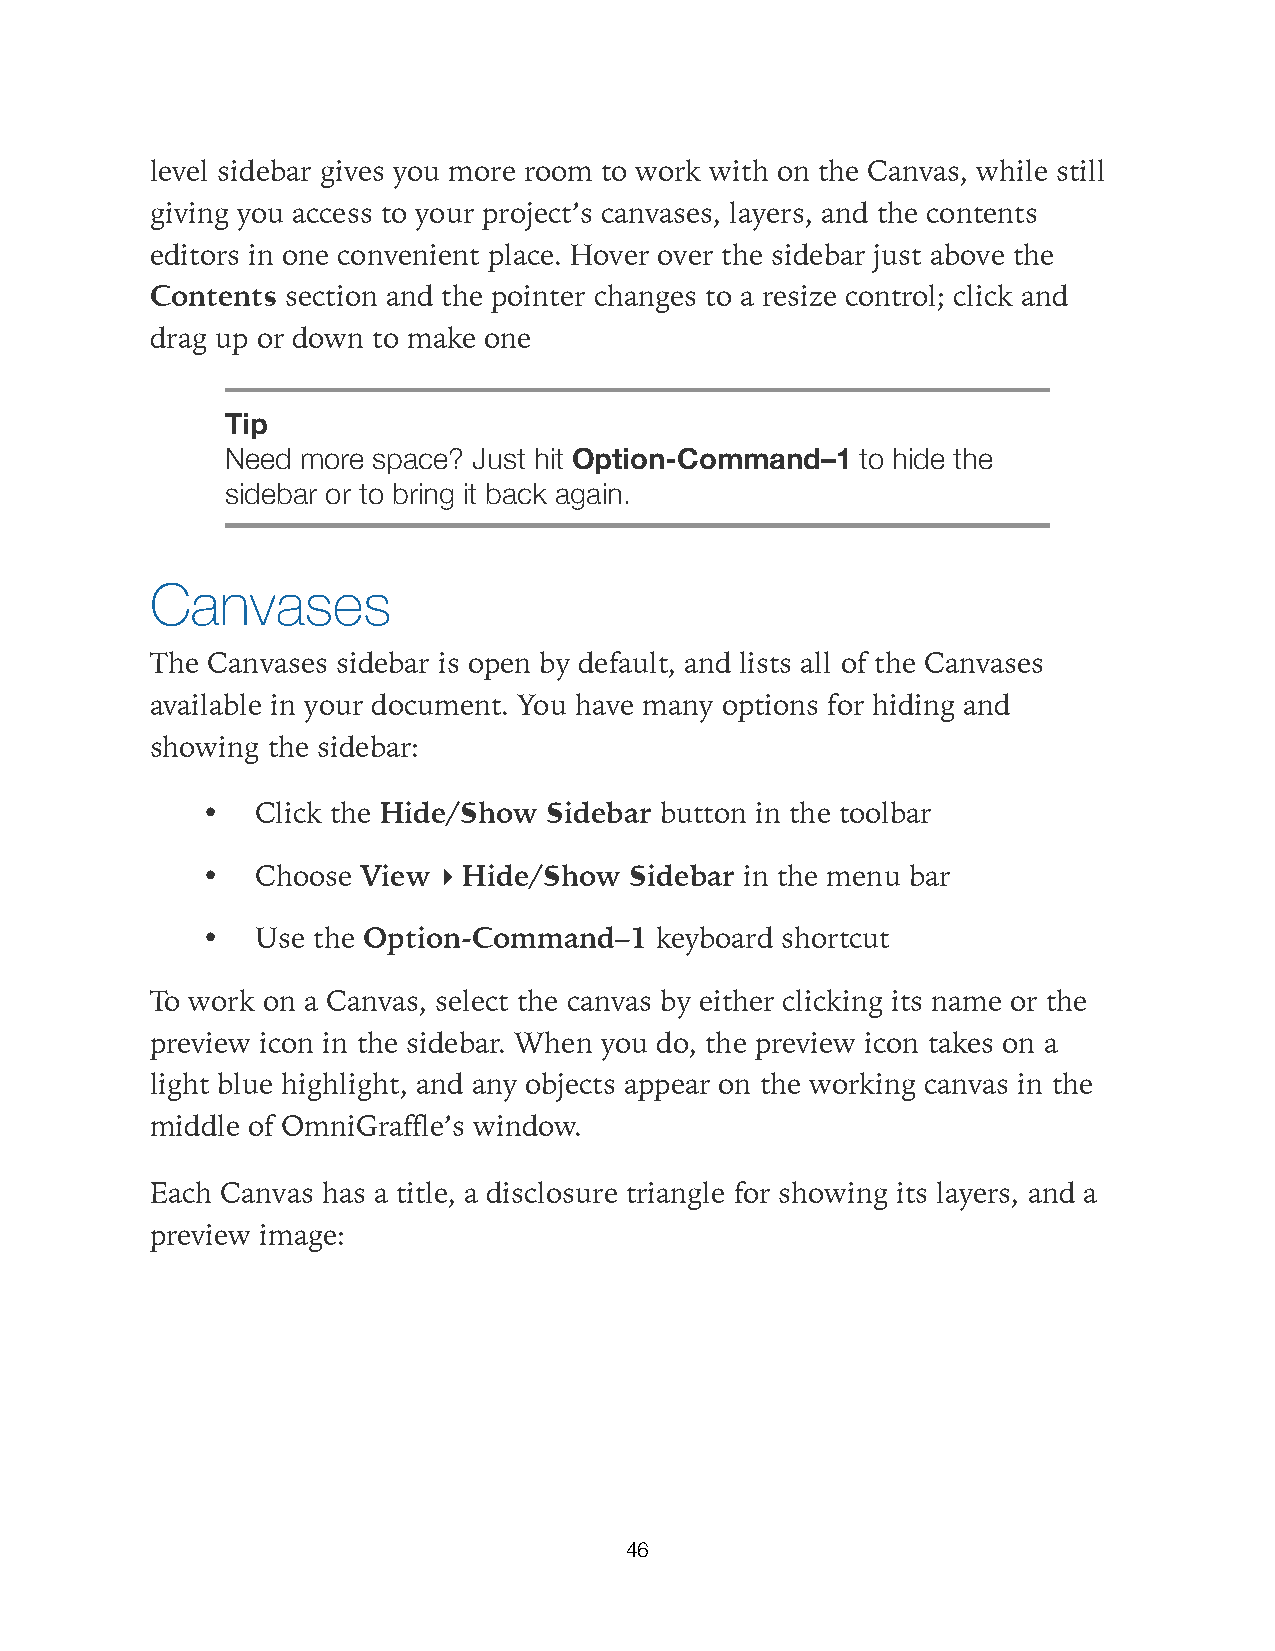
level sidebar gives you more room to work with on the Canvas, while still
 giving you access to your project’s canvases, layers, and the contents
 editors in one convenient place. Hover over the sidebar just above the
 Contents section and the pointer changes to a resize control; click and
 drag up or down to make one
 Tip
 Need more space? Just hit Option-Command–1 to hide the
 sidebar or to bring it back again.
 Canvases
 The Canvases sidebar is open by default, and lists all of the Canvases
 available in your document. You have many options for hiding and
 showing the sidebar:
 •   Click the Hide/Show Sidebar button in the toolbar
 •   Choose View ▸ Hide/Show  Sidebar in the menu bar
 •   Use the Option-Command–1  keyboard shortcut
 To work on a Canvas, select the canvas by either clicking its name or the
 preview icon in the sidebar. When you do, the preview icon takes on a
 light blue highlight, and any objects appear on the working canvas in the
 middle of OmniGraffle’s window.
 Each Canvas has a title, a disclosure triangle for showing its layers, and a
 preview image:
 46